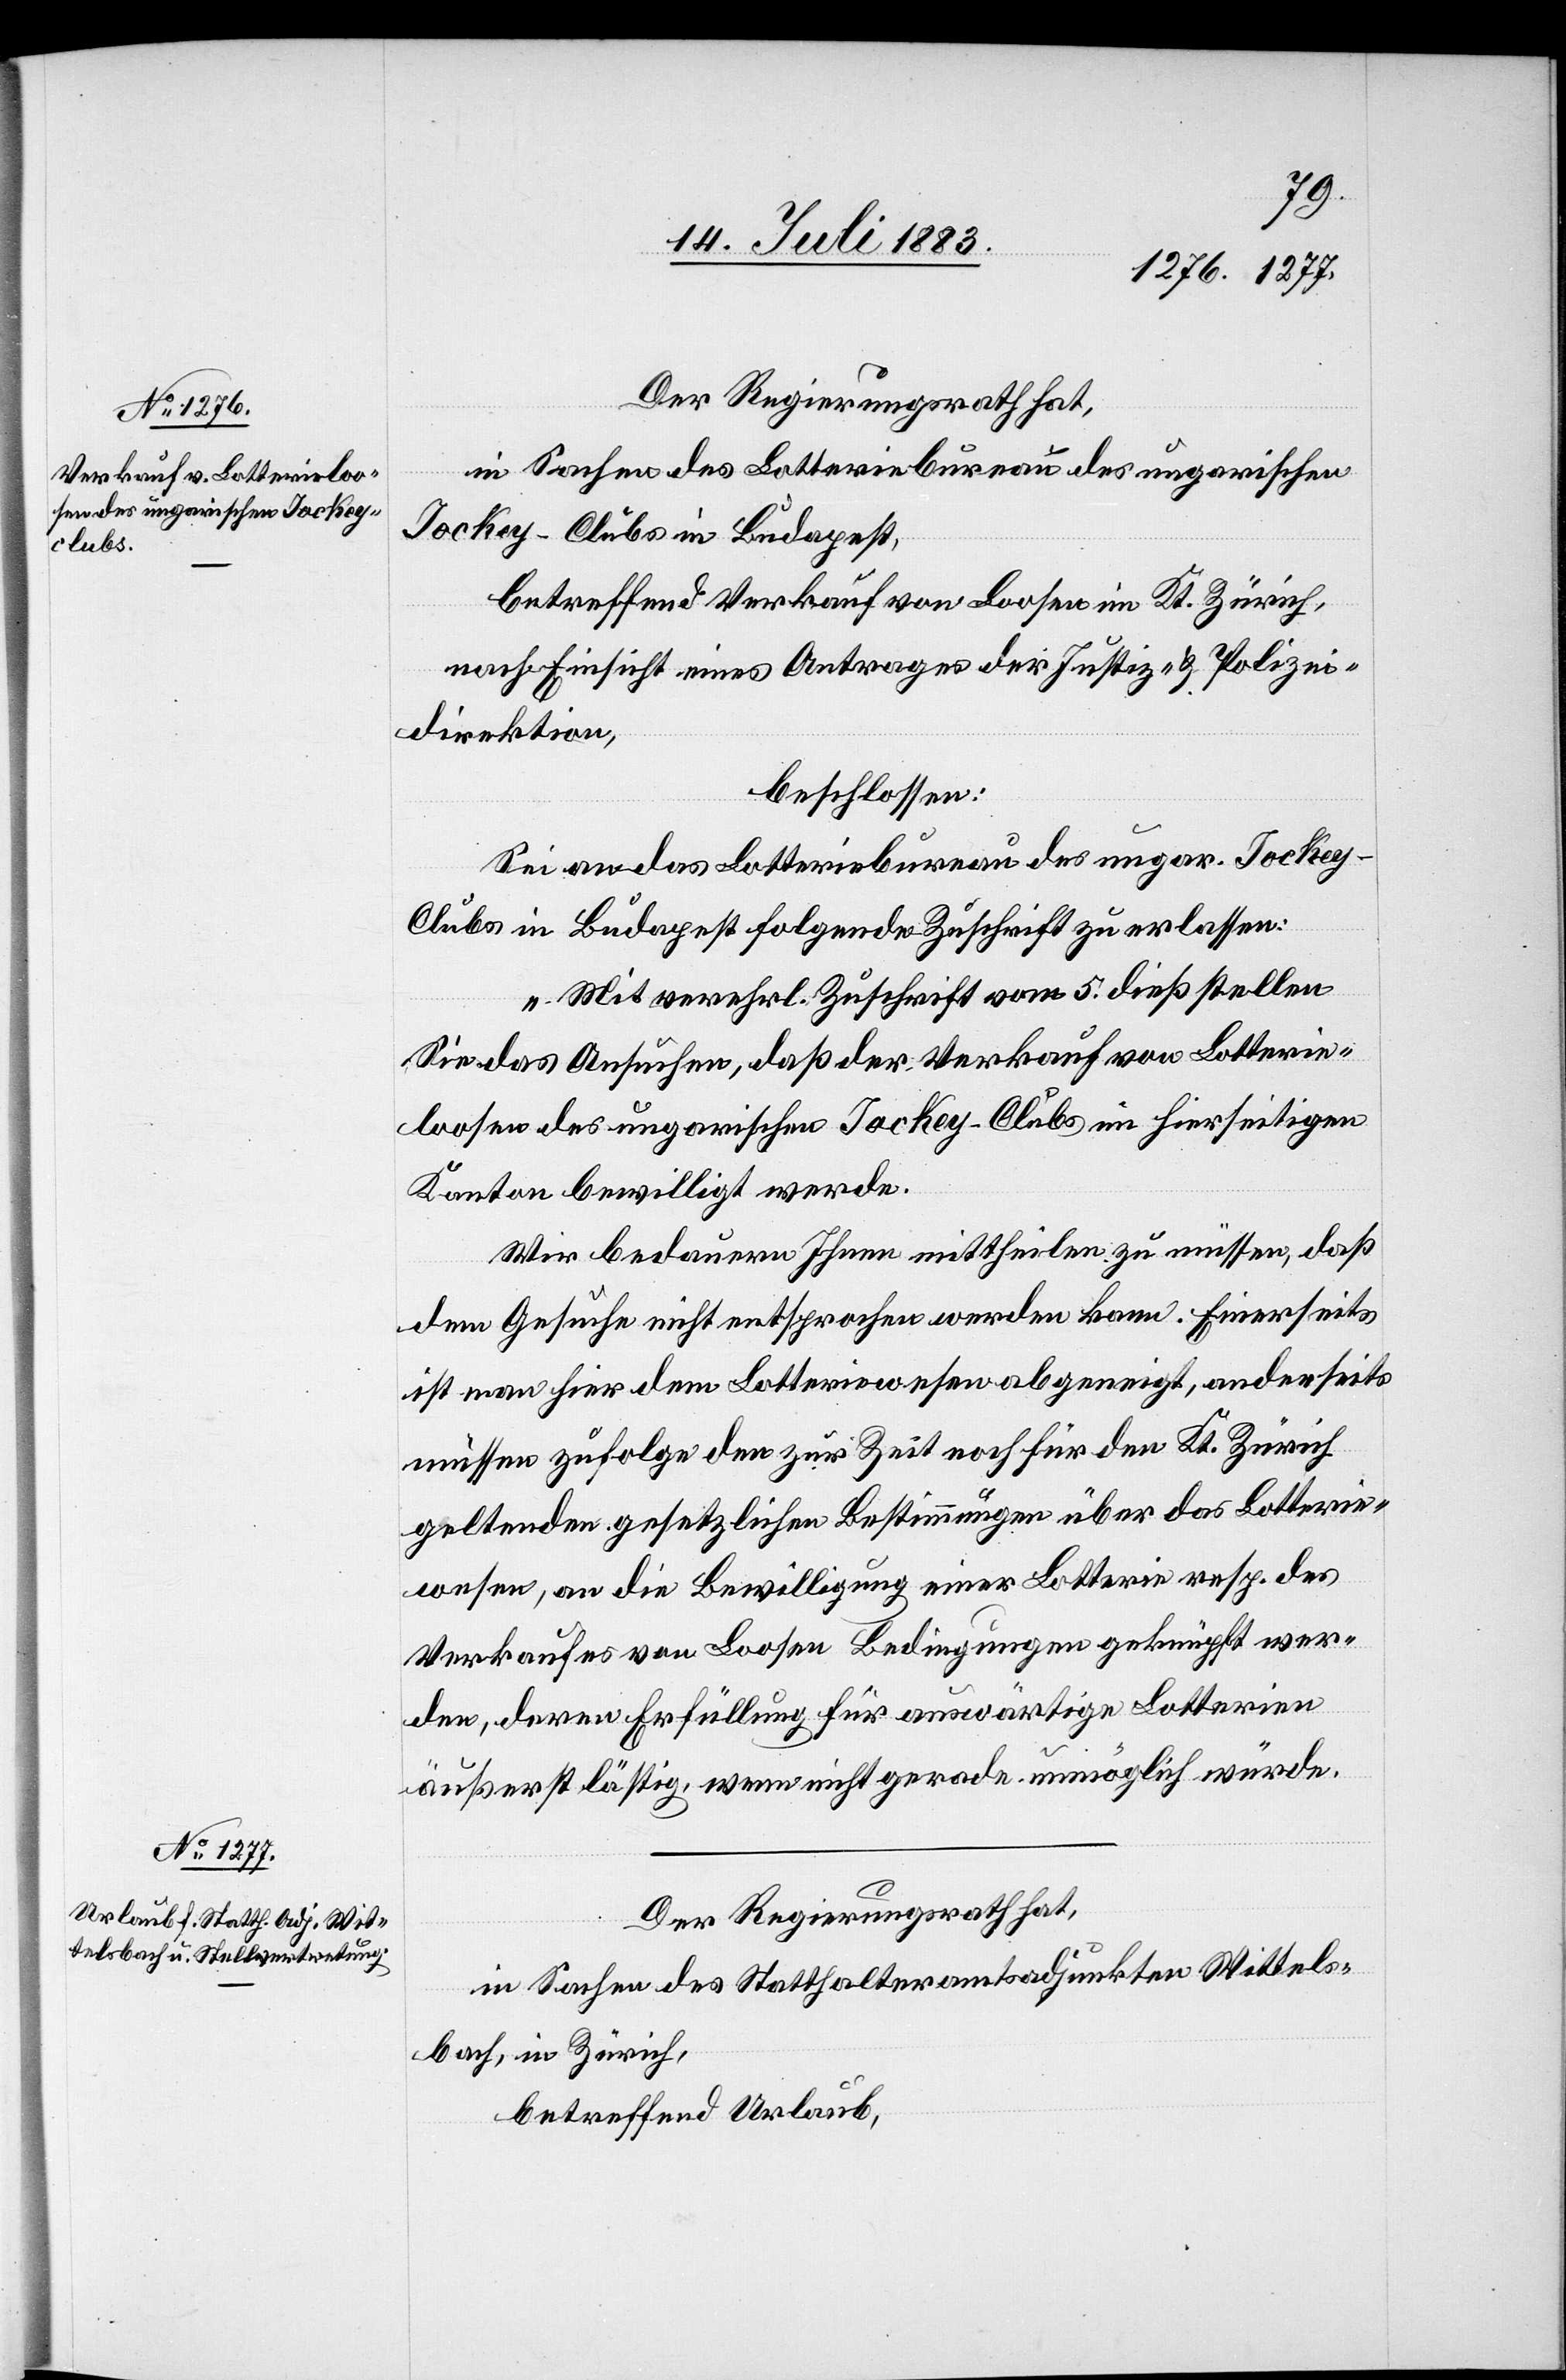
Der Regierungsrath hat,
in Sachen des Lotteriebureau des ungarischen
Jockey-Clubs in Budapest,
betreffend Verkauf von Loosen im Kt. Zürich,
nach Einsicht eines Antrages der Justiz- & Polizei¬
direktion,
beschlossen:
Sei an das Lotteriebureau des ungar. Jocke¬
y-Clubs in Budapest folgende Zuschrift zu erlassen:
„Mit verehrl. Zuschrift vom 5. dieß stellen
Sie das Ansuchen, daß der Verkauf von Lotterie¬
loosen des ungarischen Jockey-Clubs im hierseitigen
Kanton bewilligt werde.
Wir bedauern Ihnen mittheilen zu müssen, daß
dem Gesuche nicht entsprochen werden kann. Einerseits
ist man hier dem Lotteriewesen abgeneigt, anderseits
müssen zufolge den zur Zeit noch für den Kt. Zürich
geltenden gesetzlichen Bestimmungen über das Lotterie¬
wesen, an die Bewilligung einer Lotterie resp. des
Verkaufes von Loosen Bedingungen geknüpft wer¬
den, deren Erfüllung für auswärtige Lotterien
äußerst lästig, wenn nicht gerade unmöglich würde.[“]
Der Regierungsrath hat,
in Sachen des Statthalteramtsadjunkten Wittels¬
bach, in Zürich,
betreffend Urlaub,